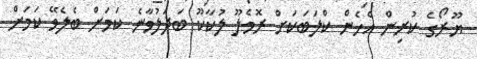
ޔޫރޯގެ ކުރިން އެހެން ކްލަބަކަށް ރޮމެލޫ ލުކާކޫ ބަދަލުވާނެ ކަމަށް ބެލެވޭ ކަމަށް